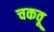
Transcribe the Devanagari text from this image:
चकवू